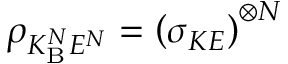
{ \rho _ { { K _ { \mathrm { B } } ^ { N } } { E ^ { N } } } } = { \left( { { \sigma _ { { K } { E } } } } \right) ^ { \otimes N } }